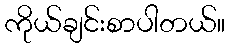
ကိုယ်ချင်းစာပါတယ်။